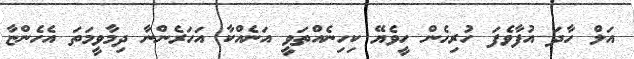
އަލް ހާދަ އުފާވެފަ ހުރިހެން ހީވެޔޭ ކިހިނެއްތަވީ އަނެއްކާ އަހަރެންނާ ދިމާވީމަތަ އެހެންޏާ